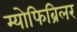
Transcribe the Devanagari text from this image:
म्योफिब्रिलर